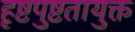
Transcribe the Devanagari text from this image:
हृष्टपुष्टतायुक्त